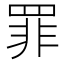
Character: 罪